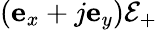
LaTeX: \left(\mathbf{e}_{x}+j\mathbf{e}_{y}\right)\mathcal{E}_{+}